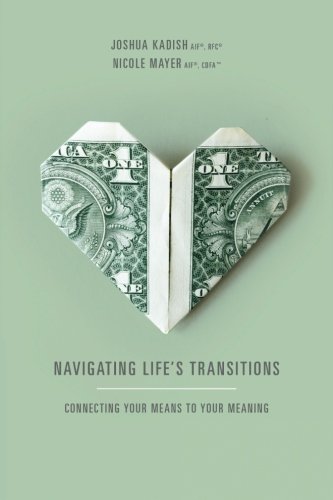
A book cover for Navigating Life's Transitions: Connecting Your Means to Your Meaning; Joshua Kadish; Business & Money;